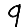
Digit: 9